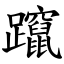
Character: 躥